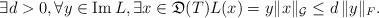
LaTeX: \begin{align*}\exists d >0, \forall y \in {\rm Im} \, L, \exists x \in {\mathfrak D}(T) L(x) = y \Vert x \Vert_{\mathcal G} \leq d \, \Vert y \Vert_F .\end{align*}